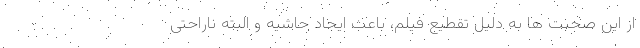
از این صحبت ها به دلیل تقطیع فیلم، باعث ایجاد حاشیه و البته ناراحتی